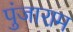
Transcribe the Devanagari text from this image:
पुंजाराम